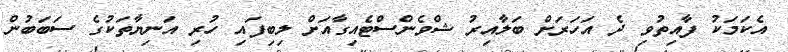
އެކަމަކު ފާއިތުވި ދެ އަހަރަށް ބަލާއިރު ޝްވެންސްޓެއިގާއަށް ލިބިފައި ހުރި އަނިޔާތަކުގެ ސަބަބުން